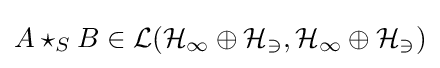
A\star _{S}B\in {\mathcal {L(H_{1}\oplus H_{3},H_{1}\oplus H_{3})}}